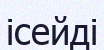
ісейді